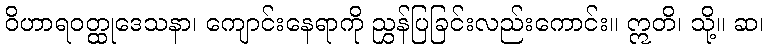
ဝိဟာရဝတ္ထုဒေသနာ၊ ကျောင်းနေရာကို ညွှန်ပြခြင်းလည်းကောင်း။ ဣတိ၊ သို့။ ဆ၊